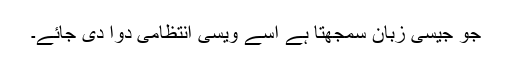
جو جیسی زبان سمجھتا ہے اسے ویسی انتظامی دوا دی جائے۔